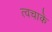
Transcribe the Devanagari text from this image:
त्वचाके